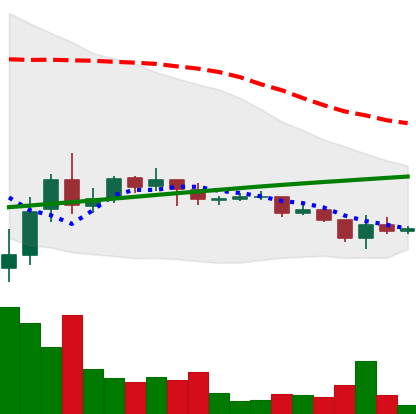
Ticker: DOGE-USD
Chart end date: 2021-07-11
Forward return: -20.157%
Label: down_7plus